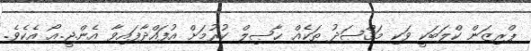
ޕްރިޒަން ކްލަބަކީ ވަކި މަޤްޞަދު ތަކެއް ޙާޞިލް ކުރުމަށް އުފައްދާފައިވާ އެން.ޖީ.އޯ އެކެވެ.